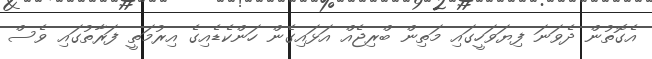
އެގޮތުން ދެވަނަ ފިޔަވަހީގައި މަތިން ބްރިޖެއް އަޅައިގެން ހަންކެޑެއިގެ އިރުމަތީ ފަރާތުގައި ވެސް